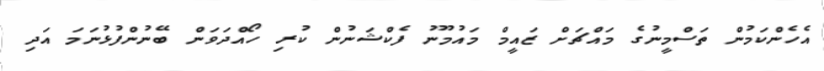
އެހެންކަމުން ތަސްމީނުގެ މައްޗަށް ޒައީމް މައުމޫނު ފެކްޝަނުން ކުރި ހޯއްދަވަން ބޭނުންފުޅުނަމަ އަދި